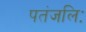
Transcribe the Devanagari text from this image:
पतंजलिः